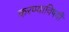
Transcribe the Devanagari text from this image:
करण्याविषयीं